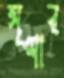
সৃশার